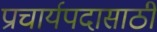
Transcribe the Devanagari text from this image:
प्राचार्यपदासाठी